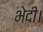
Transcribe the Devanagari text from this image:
भेदी।